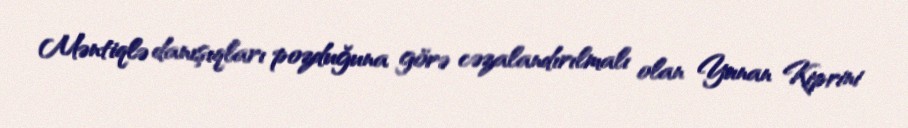
Məntiqlə danışıqları pozduğuna görə cəzalandırılmalı olan Yunan Kiprini